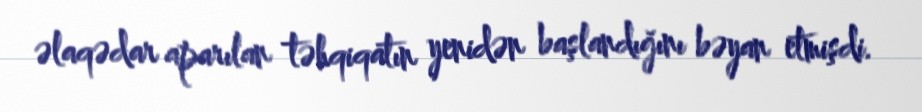
əlaqədar aparılan təhqiqatın yenidən başlandığını bəyan etmişdi.